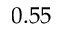
0 . 5 5